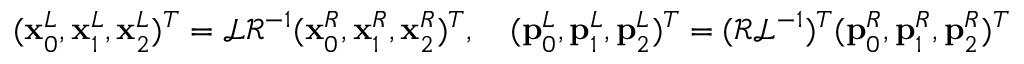
( \mathbf { x } _ { 0 } ^ { L } , \mathbf { x } _ { 1 } ^ { L } , \mathbf { x } _ { 2 } ^ { L } ) ^ { T } = \mathcal L \mathcal R ^ { - 1 } ( \mathbf { x } _ { 0 } ^ { R } , \mathbf { x } _ { 1 } ^ { R } , \mathbf { x } _ { 2 } ^ { R } ) ^ { T } , \quad ( \mathbf { p } _ { 0 } ^ { L } , \mathbf { p } _ { 1 } ^ { L } , \mathbf { p } _ { 2 } ^ { L } ) ^ { T } = ( \mathcal R \mathcal L ^ { - 1 } ) ^ { T } ( \mathbf { p } _ { 0 } ^ { R } , \mathbf { p } _ { 1 } ^ { R } , \mathbf { p } _ { 2 } ^ { R } ) ^ { T }